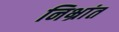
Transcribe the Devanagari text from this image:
निभ्रांत